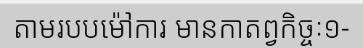
តាមរបបម៉ៅការ មានកាតព្វកិច្ចៈ១-